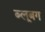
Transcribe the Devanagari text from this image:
ब्लूबग